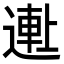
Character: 𬨺